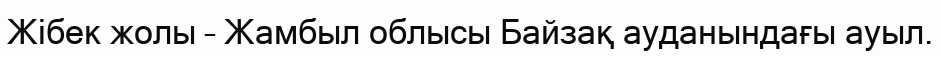
Жібек жолы – Жамбыл облысы Байзақ ауданындағы ауыл.